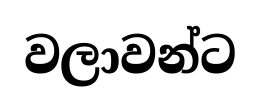
වලාවන්ට